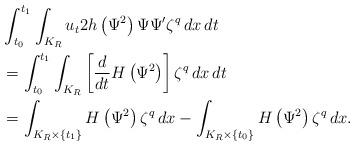
LaTeX: \begin{align*} &\int_{t_0}^{t_1}\int_{K_{R}} u_{t} 2 h\left( \Psi^2 \right)\Psi \Psi' \zeta^{q} \,dx \,dt \\ &= \int_{t_0}^{t_1}\int_{K_{R}} \left[\frac{d}{dt}H\left( \Psi^2 \right)\right]\zeta^{q} \,dx \,dt \\ &= \int_{K_{R}\times \{t_1\}} H\left( \Psi^2\right)\zeta^{q} \,dx - \int_{K_{R}\times \{t_0\}} H\left( \Psi^2\right)\zeta^{q} \,dx. \end{align*}